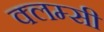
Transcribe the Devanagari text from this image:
क्लम्सी